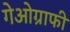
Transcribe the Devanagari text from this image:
गेओग्राफी